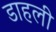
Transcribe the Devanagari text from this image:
डाहली